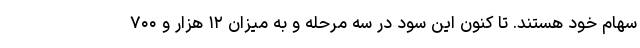
سهام خود هستند. تا کنون این سود در سه مرحله و به میزان ۱۲ هزار و ۷۰۰